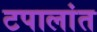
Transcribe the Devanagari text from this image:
टपालांत